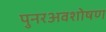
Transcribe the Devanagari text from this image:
पुनरअवशोषण